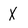
Character: X